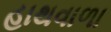
હાથવાળા